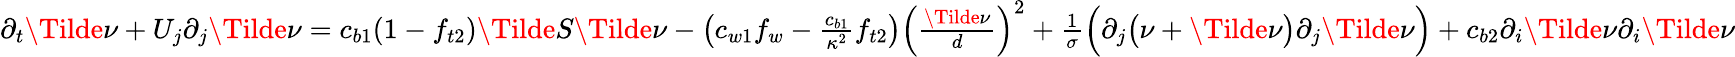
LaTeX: \begin{array}{r}{\partial_{t}\Tilde{\nu}+U_{j}\partial_{j}\Tilde{\nu}=c_{b1}(1-f_{t2})\Tilde{S}\Tilde{\nu}-\left(c_{w1}f_{w}-\frac{c_{b1}}{\kappa^{2}}f_{t2}\right)\left(\frac{\Tilde{\nu}}{d}\right)^{2}+\frac{1}{\sigma}\Big(\partial_{j}\big(\nu+\Tilde{\nu}\big)\partial_{j}\Tilde{\nu}\Big)+c_{b2}\partial_{i}\Tilde{\nu}\partial_{i}\Tilde{\nu}}\end{array}